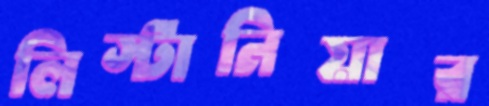
লিস্টানিয়ার